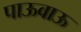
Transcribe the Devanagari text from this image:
पाऊवाऊ